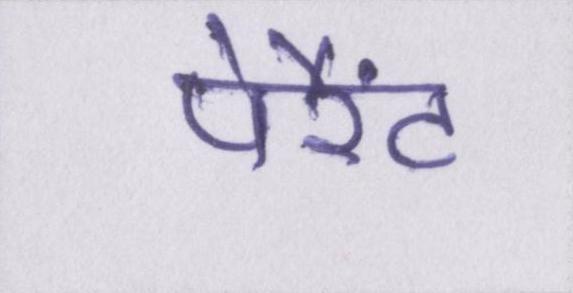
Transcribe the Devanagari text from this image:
पेरैंट